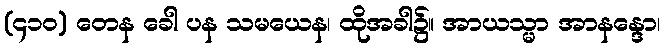
(၄၁၀) တေန ခေါ ပန သမယေန၊ ထိုအခါ၌။ အာယသ္မာ အာနန္ဒော၊